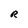
Character: R